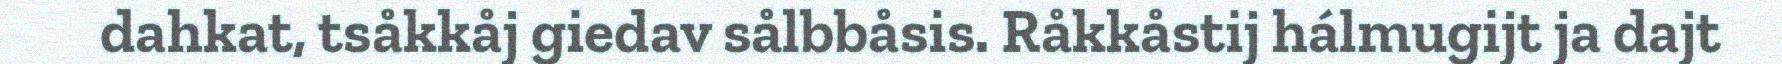
dahkat, tsåkkåj giedav sålbbåsis. Råkkåstij hálmugijt ja dajt